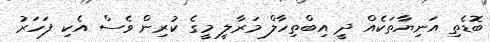
ބޮޑެތި އަނިޔާތަކެއް ދީ އިބްތިހާލް މަރާލީ މީގެ ކުރިން ވެސް އެކި ފަހަރު